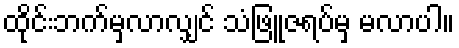
ထိုင်းဘက်မှလာလျှင် သံဖြူဇရပ်မှ မလာပါ။